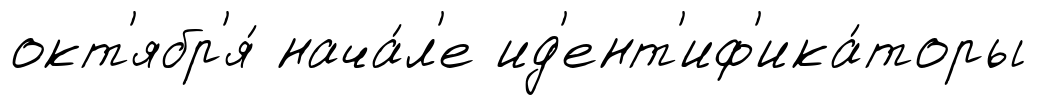
окт'ябр'я́ нача́л'е ид'ент'иф'ика́торы